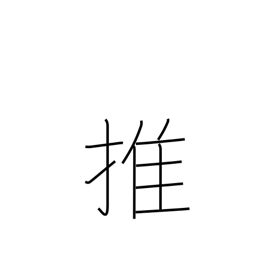
Meaning: support